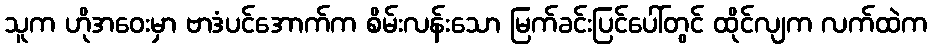
သူက ဟိုအဝေးမှာ ဗာဒံပင်အောက်က စိမ်းလန်းသော မြက်ခင်းပြင်ပေါ်တွင် ထိုင်လျက လက်ထဲက